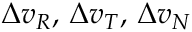
\Delta v _ { R } , \, \Delta v _ { T } , \, \Delta v _ { N }